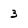
Character: 3